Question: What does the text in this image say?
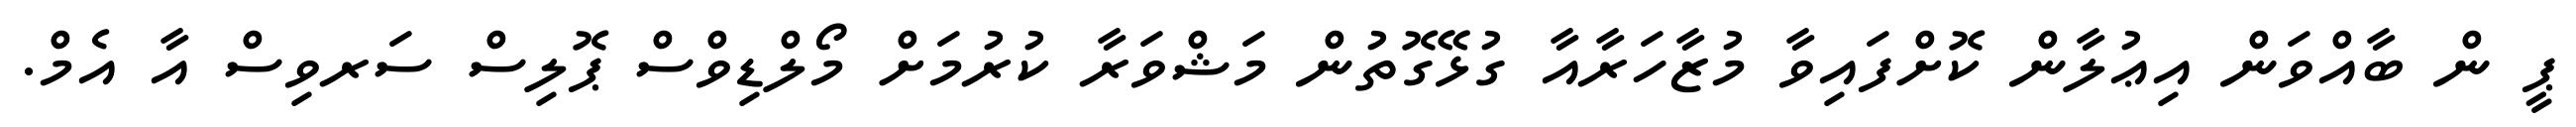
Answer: ޕީ ން ބާއްވަން އިޢުލާން ކޮށްފައިވާ މުޒާހަރާއާ ގުޅޭގޮތުން މަޝްވަރާ ކުރުމަށް މޯލްޑިވްސް ޕޮލިސް ސަރވިސް އާ އެމް.